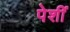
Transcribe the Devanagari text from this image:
पेशीं